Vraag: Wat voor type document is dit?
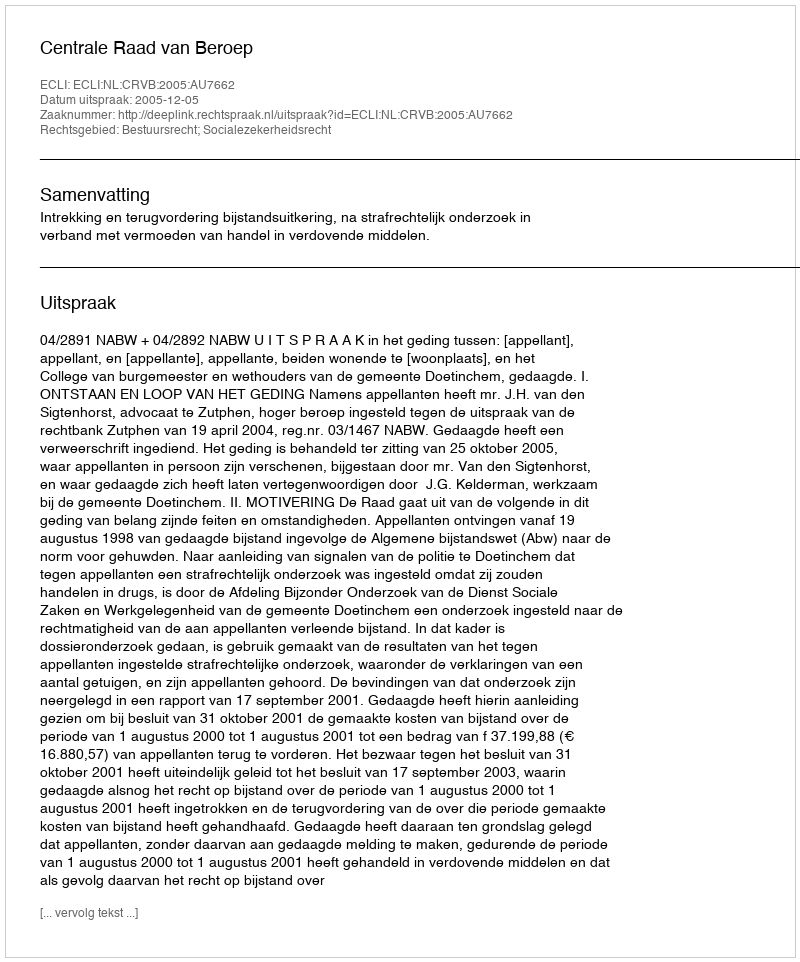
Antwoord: Uitspraak